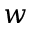
w